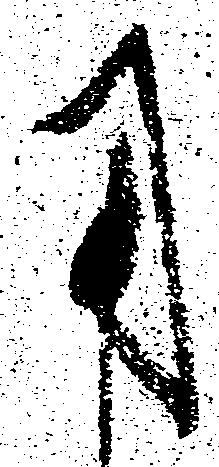
用